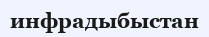
инфрадыбыстан